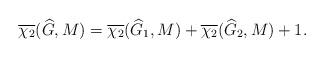
LaTeX: \begin{align*}\overline{\chi_2}(\widehat{G},M)=\overline{\chi_2}(\widehat{G}_1,M)+\overline{\chi_2}(\widehat{G}_2,M)+1.\end{align*}